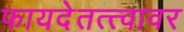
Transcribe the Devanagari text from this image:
फायदेतत्त्वावर